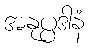
အနုပ္ပဒါနံ